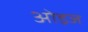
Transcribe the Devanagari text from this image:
ओइज